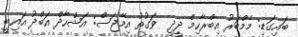
ބައިގަޑި: މެމްބަރު އިބްރާހިމް ދީދީ  ވަގުތު އިމޭޖަސް: އަޝްހާދް އަބްދު އައިބީ